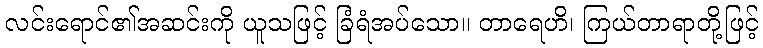
လင်းရောင်၏အဆင်းကို ယူသဖြင့် ခြံရံအပ်သော။ တာရေဟိ၊ ကြယ်တာရာတို့ဖြင့်